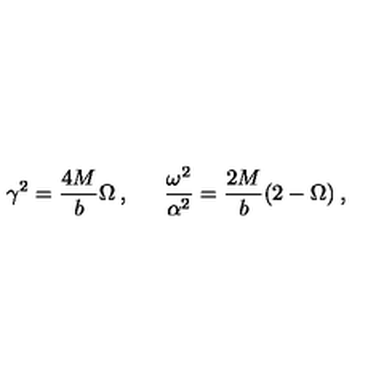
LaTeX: \gamma ^ { 2 } = \frac { 4 M } { b } \Omega \: , \: \: \: \: \: \: \: \frac { \omega ^ { 2 } } { \alpha ^ { 2 } } = \frac { 2 M } { b } ( 2 - \Omega ) \: ,